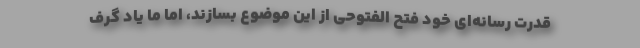
قدرت رسانه‌ای خود فتح الفتوحی از این موضوع بسازند، اما ما یاد گرف